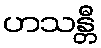
ဟသန္တီ